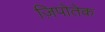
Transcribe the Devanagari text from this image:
ज़िपोतेक